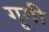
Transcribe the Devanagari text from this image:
गूगी